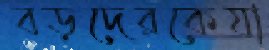
বড়দেরকেযা